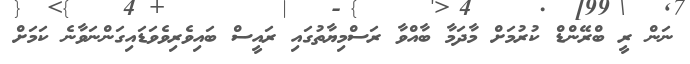
ނަން ރީ ބްރޭންޑް ކުރުމަށް މާދަމާ ބާއްވާ ރަސްމިޔާތުގައި ރައީސް ބައިވެރިވެވަޑައިގަންނަވާނެ ކަމަށް